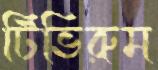
টিভিরুম